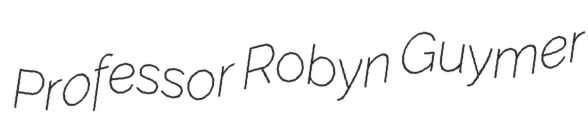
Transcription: Professor Robyn Guymer